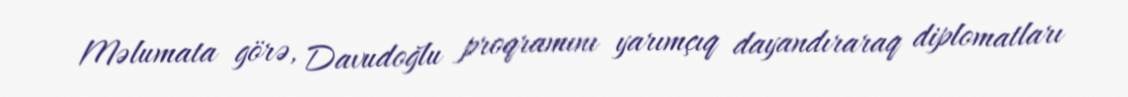
Məlumata görə, Davudoğlu proqramını yarımçıq dayandıraraq diplomatları